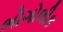
ભોગોલીક